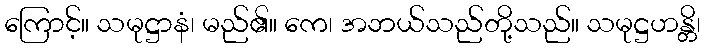
ကြောင့်။ သမုဋ္ဌာနံ၊ မည်၏။ ကေ၊ အဘယ်သည်တို့သည်။ သမုဋ္ဌဟန္တိ၊